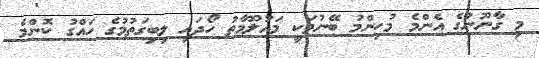
މި ގާނޫނުގެ އެންމެ މުހިންމު ބޭނުމަކީ މައުލޫމާތު ހޯދައި ލިބިގަތުމުގެ ހައްގު ކޮންމެ